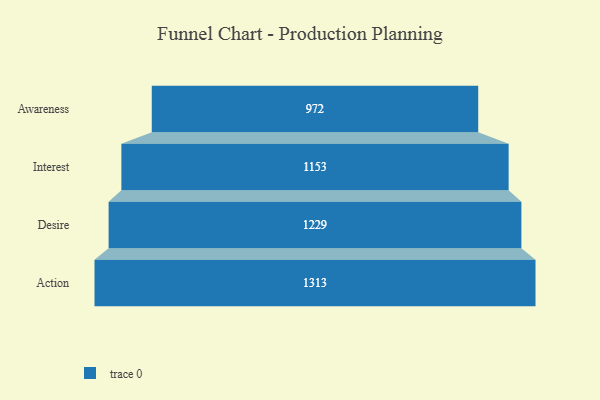
{"axis": {"x": "Stage", "y": "Value"}, "legend": [""], "data": [{"x": "Awareness", "y": 972.0, "type": ""}, {"x": "Interest", "y": 1153.0, "type": ""}, {"x": "Desire", "y": 1229.0, "type": ""}, {"x": "Action", "y": 1313.0, "type": ""}]}